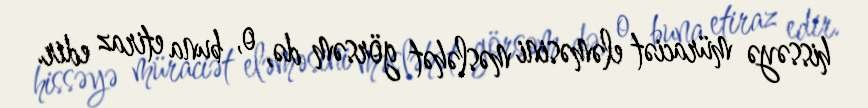
hissəyə müraciət eləməsini məsləhət görsəm də, o, buna etiraz edir.